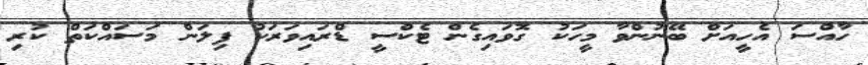
ހާއްސަ އެހީއަށް ބޭނުންވާ މީހަކު ގޮވައިގެން ޓެކްސީ ޑްރައިވަރަކު ފިލަން މަސައްކަތް ކުރި